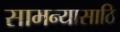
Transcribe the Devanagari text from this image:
सामन्यासाठि